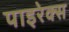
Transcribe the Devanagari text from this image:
पाइरेक्स